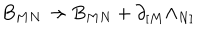
LaTeX: B _ { M N } \rightarrow B _ { M N } + \partial _ { [ M } \Lambda _ { N ] }